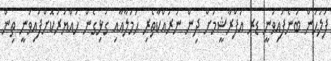
ފުލުހުން ބުނެފައިވަނީ ޑރ އަފްރާޝީމަށް ދިން ނުރައްކާތެރި ޙަމަލާއާއި ގުޅިގެން ހަައްޔަރުކޮށްފައިވަނީ ތިން